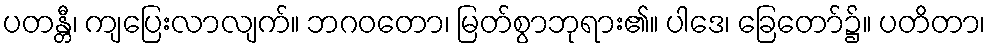
ပတန္တီ၊ ကျပြေးလာလျက်။ ဘဂဝတော၊ မြတ်စွာဘုရား၏။ ပါဒေ၊ ခြေတော်၌။ ပတိတာ၊